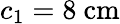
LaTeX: c_{1}=8~\mathrm{cm}